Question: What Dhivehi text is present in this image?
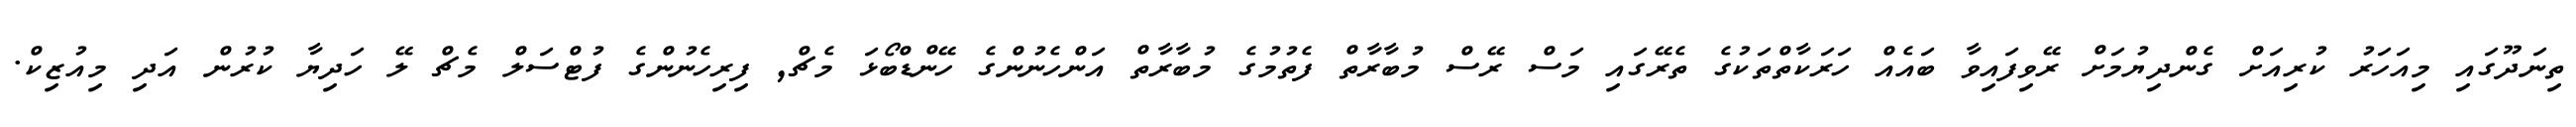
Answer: ތިނަދޫގައި މިއަހަރު ކުރިއަށް ގެންދިޔުމަށް ރޭވިފައިވާ ބައެއް ހަރަކާތްތަކުގެ ތެރޭގައި މަސް ރޭސް މުބާރާތް ފެތުމުގެ މުބާރާތް އަންހެނުންގެ ހޭންޑްބޯޅަ މެޗް, ފިރިހެނުންގެ ފުޓްސަލް މެޗް ލޭ ހަދިޔާ ކުރުން އަދި މިއުޒިކް.